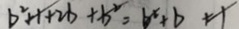
b ^ { 2 } + 1 + 2 b + b ^ { 2 } = b ^ { x } + b + 1